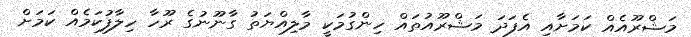
މަޝްރޫއެއް ކަމަށާއި އެފަދަ މަޝްރޫއުތައް ހިންގުމަކީ މާލިއްޔަތު ގާނޫނުގެ ރޫހާ ހިލާފުކަމެއް ކަމަށް